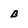
Character: B